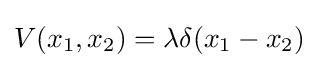
V(x_{1},x_{2})=\lambda \delta (x_{1}-x_{2})